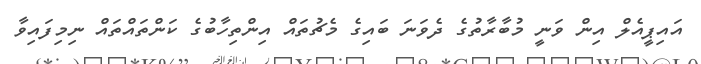
އައިޕީއެލް އިން ވަނީ މުބާރާތުގެ ދެވަނަ ބައިގެ މެޗުތައް އިންތިހާބުގެ ކަންތައްތައް ނިމިފައިވާ